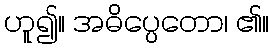
ဟူ၍။ အဓိပ္ပေတော၊ ၏။